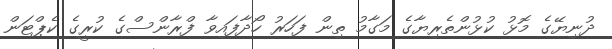
ދުނިޔޭގެ މޮޅު ކުޅުންތެރިޔާގެ މަގާމު ތިން ފަހަރު ހޯދާފައިވާ ފްރާންސްގެ ކުރީގެ ކެޕްޓަން